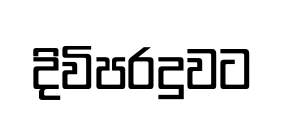
දිවිපරදුවට